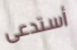
أستدعى